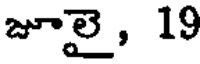
జూలై, 19